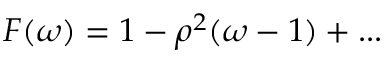
F ( \omega ) = 1 - \rho ^ { 2 } ( \omega - 1 ) + . . .